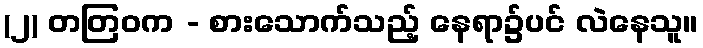
(၂) တတြဝက - စားသောက်သည့် နေရာ၌ပင် လဲနေသူ။